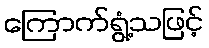
ကြောက်ရွံ့သဖြင့်